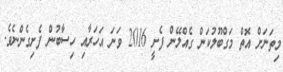
މިތަނަށް އޮތް މަގްބޫލުކަން ގެއްލޭން ފެށީ 2016 ވަނަ އަހަރާއި ހިސާބުން ފެށިގެންނެވެ.